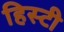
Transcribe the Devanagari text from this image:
हिस्टी